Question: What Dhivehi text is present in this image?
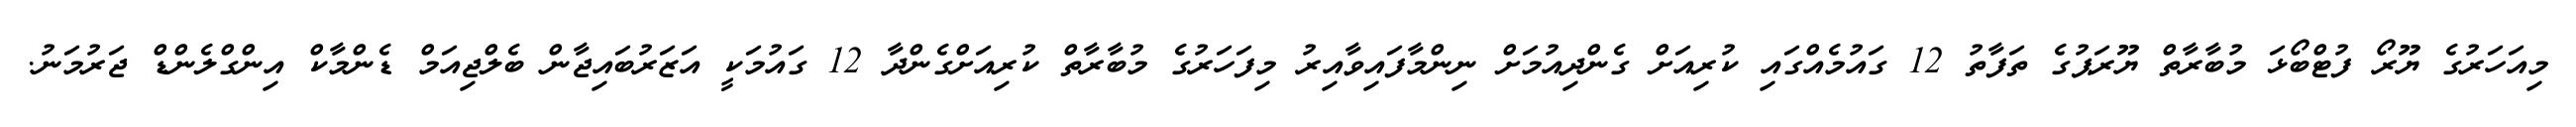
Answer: މިއަހަރުގެ ޔޫރޯ ފުޓްބޯޅަ މުބާރާތް ޔޫރަޕުގެ ތަފާތު 12 ގައުމެއްގައި ކުރިއަށް ގެންދިއުމަށް ނިންމާފައިވާއިރު މިފަހަރުގެ މުބާރާތް ކުރިއަށްގެންދާ 12 ގައުމަކީ އަޒަރުބައިޖާން ބެލްޖިއަމް ޑެންމާކް އިންގްލެންޑް ޖަރުމަނު.